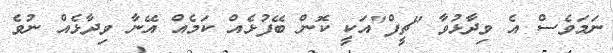
ނަމަވެސް އެ ވިދާޅުވާ "ޗީފް"އަކީ ކޮން ބޭފުޅެއް ކަމެއް އޭނާ ވިދާޅެއް ނުވެ